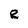
Character: e